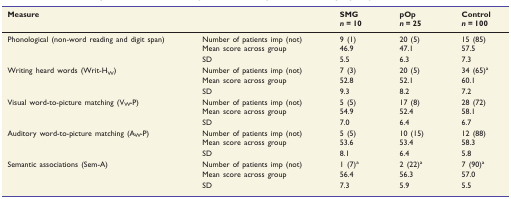
<table><thead><tr><td rowspan="2" colspan="2"><b>Measure</b></td><td><b>SMG</b></td><td><b>pOp</b></td><td><b>Control</b></td></tr><tr><td><b><i>n</i> = 10</b></td><td><b><i>n</i> = 25</b></td><td><b><i>n</i> = 100</b></td></tr></thead><tbody><tr><td rowspan="3">Phonological (non-word reading and digit span)</td><td>Number of patients imp (not)</td><td>9 (1)</td><td>20 (5)</td><td>15 (85)</td></tr><tr><td>Mean score across group</td><td>46.9</td><td>47.1</td><td>57.5</td></tr><tr><td>SD</td><td>5.5</td><td>6.3</td><td>7.3</td></tr><tr><td rowspan="3">Writing heard words (Writ-H<sub>W</sub>)</td><td>Number of patients imp (not)</td><td>7 (3)</td><td>20 (5)</td><td>34 (65)<sup>a</sup></td></tr><tr><td>Mean score across group</td><td>52.8</td><td>52.1</td><td>60.1</td></tr><tr><td>SD</td><td>9.3</td><td>8.2</td><td>7.2</td></tr><tr><td rowspan="3">Visual word-to-picture matching (V<sub>W</sub>-P)</td><td>Number of patients imp (not)</td><td>5 (5)</td><td>17 (8)</td><td>28 (72)</td></tr><tr><td>Mean score across group</td><td>54.9</td><td>52.4</td><td>58.1</td></tr><tr><td>SD</td><td>7.0</td><td>6.4</td><td>6.7</td></tr><tr><td rowspan="3">Auditory word-to-picture matching (A<sub>W</sub>-P)</td><td>Number of patients imp (not)</td><td>5 (5)</td><td>10 (15)</td><td>12 (88)</td></tr><tr><td>Mean score across group</td><td>53.6</td><td>53.4</td><td>58.3</td></tr><tr><td>SD</td><td>8.1</td><td>6.4</td><td>5.8</td></tr><tr><td rowspan="3">Semantic associations (Sem-A)</td><td>Number of patients imp (not)</td><td>1 (7)<sup>a</sup></td><td>2 (22)<sup>a</sup></td><td>7 (90)<sup>a</sup></td></tr><tr><td>Mean score across group</td><td>56.4</td><td>56.3</td><td>57.0</td></tr><tr><td>SD</td><td>7.3</td><td>5.9</td><td>5.5</td></tr></tbody></table>